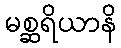
မစ္ဆရိယာနိ